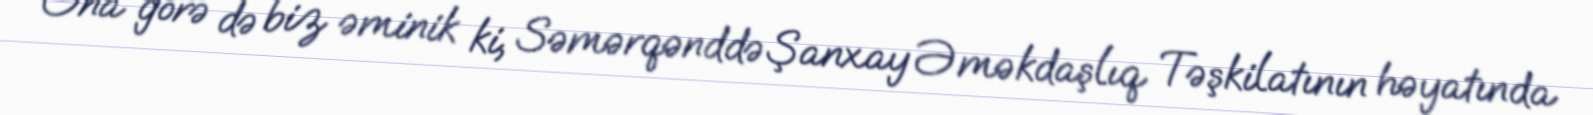
Ona görə də biz əminik ki, Səmərqənddə Şanxay Əməkdaşlıq Təşkilatının həyatında